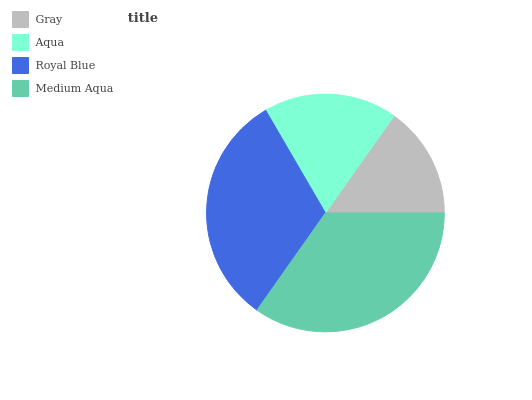
| Gray | Aqua | Royal Blue | Medium Aqua |
 | --- | --- | --- | --- |
 | 15.2% | 18.2% | 31.9% | 34.7% |